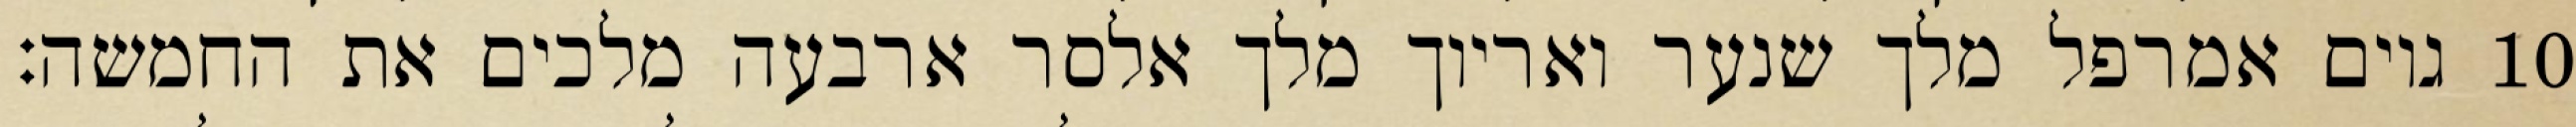
גוים אמרפל מלך שנער ואריוך מלך אלסר ארבעה מלכים את החמשה׃ ‎10‏